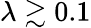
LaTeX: \lambda\gtrsim 0.1